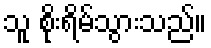
သူ စိုးရိမ်သွားသည်။